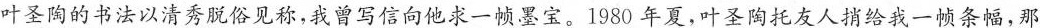
叶圣陶的书法以清秀脱俗见称，我曾写信向他求一顿墨宝。1980年夏，叶圣陶托友人捎给我一顿条幅，那